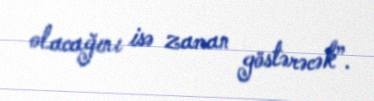
olacağını isə zaman göstərəcək”.